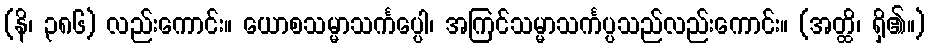
(နိ၊ ၃၈၆) လည်းကောင်း။ ယောစသမ္မာသင်္ကပ္ပေါ၊ အကြင်သမ္မာသင်္ကပ္ပသည်လည်းကောင်း။ (အတ္ထိ၊ ရှိ၏။)